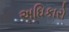
અઘિકારો